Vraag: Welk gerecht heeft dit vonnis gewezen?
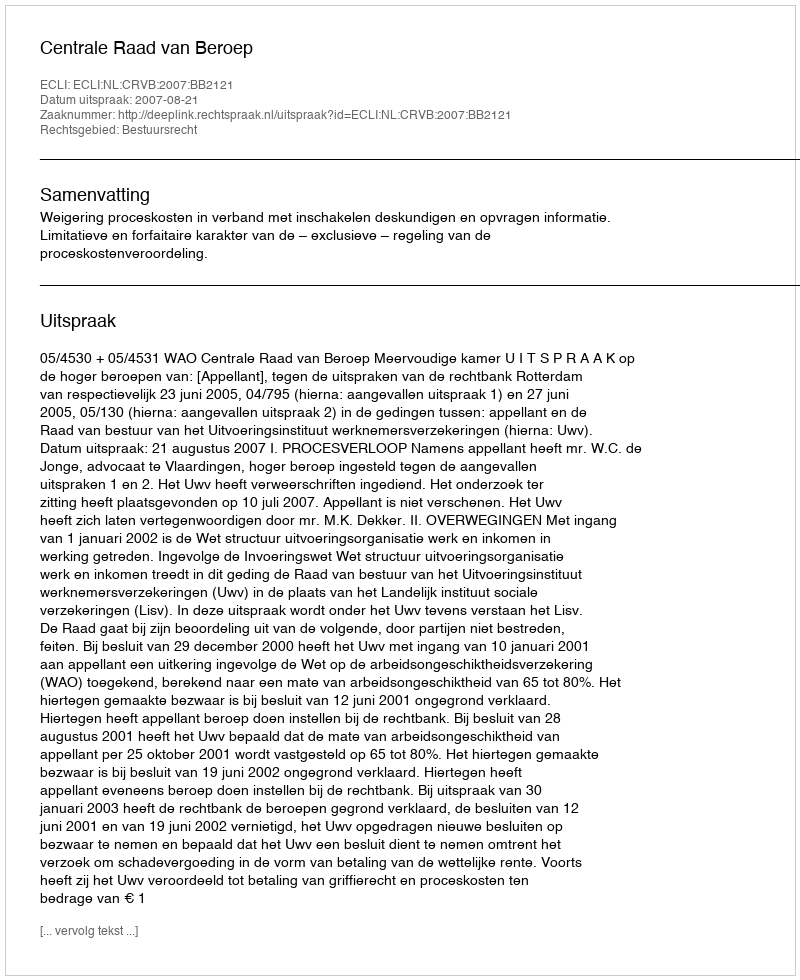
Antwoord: Centrale Raad van Beroep